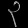
Digit: ၃